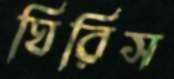
ঘিরিস